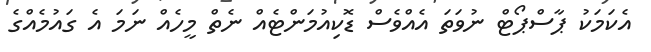
އެކަމަކު ޕާސްޕޯޓް ނުވަތަ އެއްވެސް ޑޮކިއުމަންޓެއް ނެތް މީހެއް ނަމަ އެ ގައުމެއްގެ